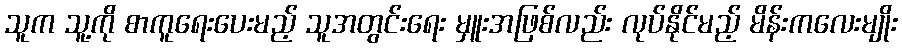
သူက သူ့ကို စာကူရေးပေးမည့် သူအတွင်းရေး မှူးအဖြစ်လည်း လုပ်နိုင်မည့် မိန်းကလေးမျိုး